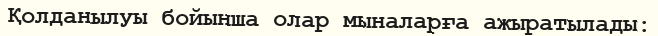
Қолданылуы бойынша олар мыналарға ажыратылады: